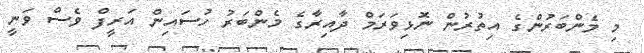
މި މެންބަރުންގެ އިތުރުން ނޮޅިވަރަމް ދާއިރާގެ މެންބަރު ހުސައިން އަރީފް ވެސް ވަނީ